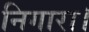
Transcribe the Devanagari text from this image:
निगारा।